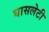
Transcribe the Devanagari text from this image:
घासलेटी